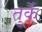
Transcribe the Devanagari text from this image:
तुर्के